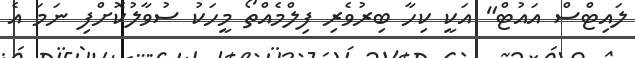
ލައިޓްސް އައުޓް" އަކީ ކިހާ ބިރުވެރި ފިލްމެއްތޯ މީހަކު ސުވާލުކޮށްފި ނަމަ އެ